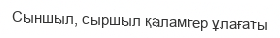
Сыншыл, сыршыл қаламгер ұлағаты